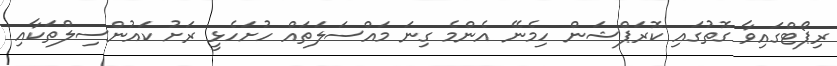
ރިޕޯޓްގައިވާ ގޮތުގައި ކޮރަޕްޝަން ހިމެނޭ އެންމެ ގިނަ މައްސަލަތައް ހުށަހެޅީ ރަށު ކައުންސިލްތަކާއި